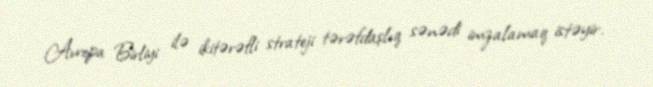
Avropa Birliyi ilə ikitərəfli strateji tərəfdaşlıq sənədi imzalamaq istəyir.